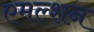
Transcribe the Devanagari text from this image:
एमल्शन